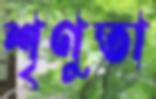
শৃণুতা